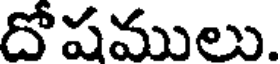
దోషములు.